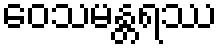
ဝေသမန္တရဿ